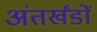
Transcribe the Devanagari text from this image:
अंतर्खंडों